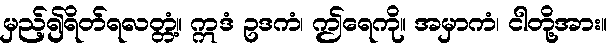
မှည့်၍ရိတ်ရလတ္တံ့။ ဣဒံ ဥဒကံ၊ ဤရေကို။ အမှာကံ၊ ငါတို့အား။